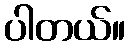
ပါတယ်။